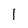
Character: 1